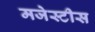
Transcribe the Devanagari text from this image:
मजेस्टीस